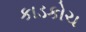
કાડકોચ